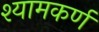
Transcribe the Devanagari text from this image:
श्यामकर्ण